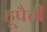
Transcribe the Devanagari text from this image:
हूपैची